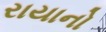
રાયાનો